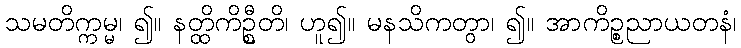
သမတိက္ကမ္မ၊ ၍။ နတ္ထိကိဦ္စတိ၊ ဟူ၍။ မနသိကတွာ၊ ၍။ အာကိဉ္စညာယတနံ၊